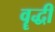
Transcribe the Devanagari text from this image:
वॄद्धी